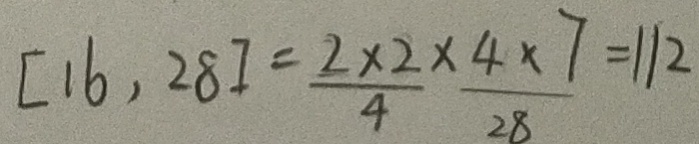
[ 1 6 , 2 8 ] = \frac { 2 \times 2 } { 4 } \times \frac { 4 \times 7 } { 2 8 } = 1 1 2